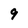
Character: 9